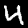
Label: 4